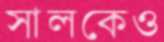
সালকেও